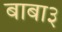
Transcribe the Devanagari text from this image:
बाबा३